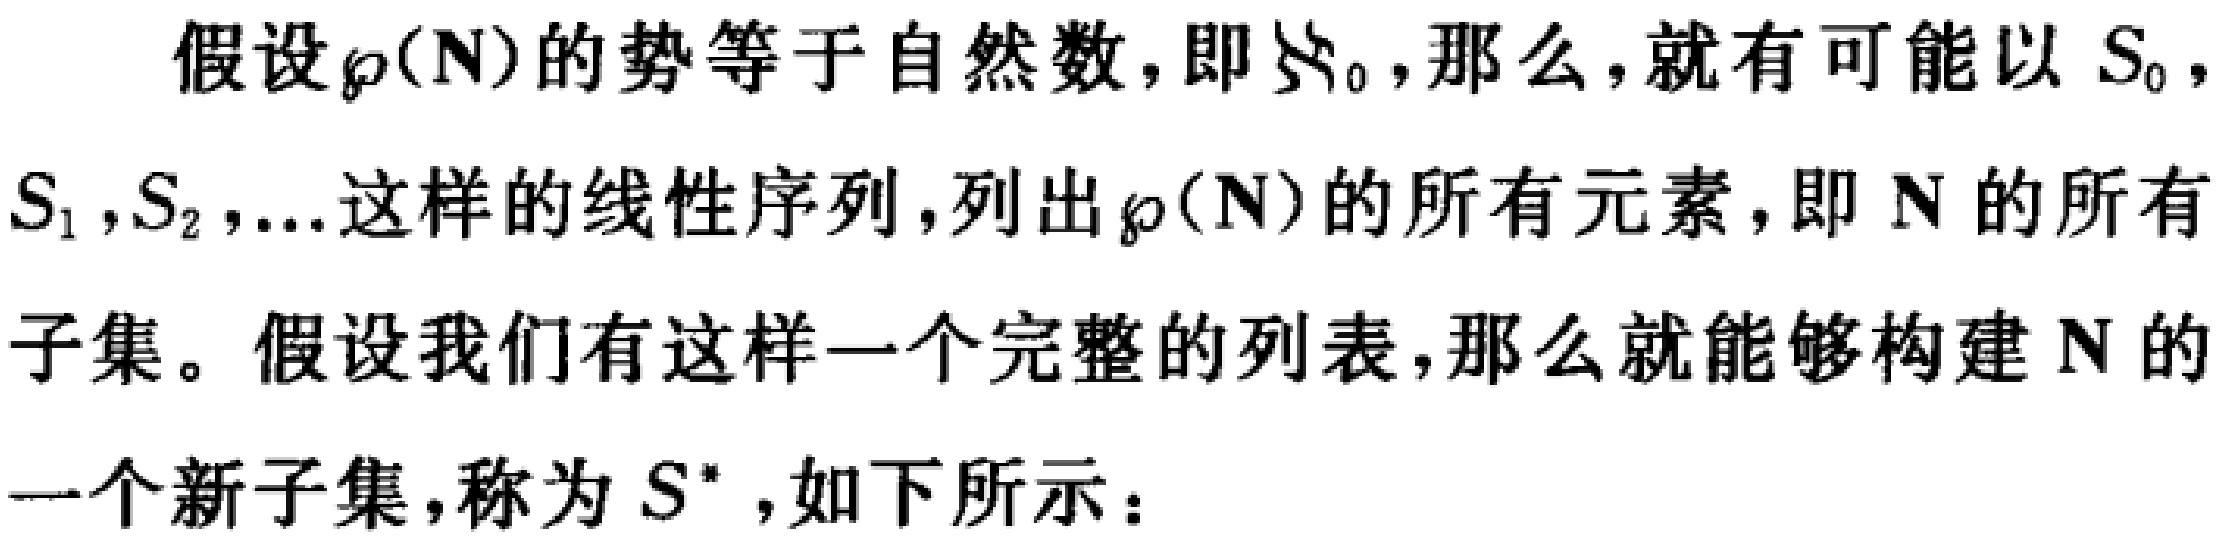
假设$\wp(\mathbf{N})$的势等于自然数，即$\aleph_0$，那么，就有可能以$S_0$，$S_1,S_2,\ldots$这样的线性序列，列出$\wp(\mathbf{N})$的所有元素，即$\mathbf{N}$的所有子集。假设我们有这样一个完整的列表，那么就能够构建$\mathbf{N}$的一个新子集，称为$S^*$，如下所示：